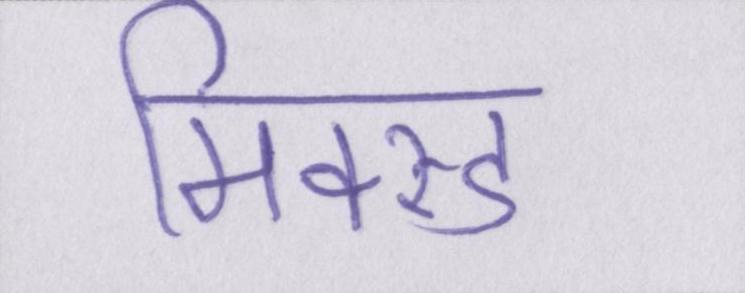
मिक्स्ड